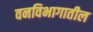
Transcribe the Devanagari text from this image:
वनविभागातील